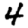
Digit: 4